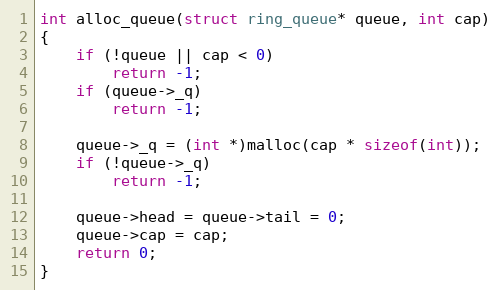
Language: C
int alloc_queue(struct ring_queue* queue, int cap)
{
	if (!queue || cap < 0)
		return -1;
	if (queue->_q)
		return -1;

	queue->_q = (int *)malloc(cap * sizeof(int));
	if (!queue->_q)
		return -1;

	queue->head = queue->tail = 0;
	queue->cap = cap;
	return 0;
}